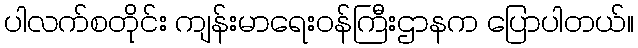
ပါလက်စတိုင်း ကျန်းမာရေးဝန်ကြီးဌာနက ပြောပါတယ်။